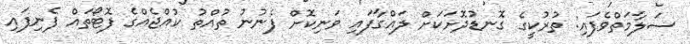
ސަލާމަތްވެފައި: ތުުރުކީގެ ގޮނޑުދޮށަކަށް ލައްގާފައި ވަނިކޮށް ފެނުނު ތުއްތު ކުއްޖެއްގެ ފޮޓޯތައް ފެނިފައި